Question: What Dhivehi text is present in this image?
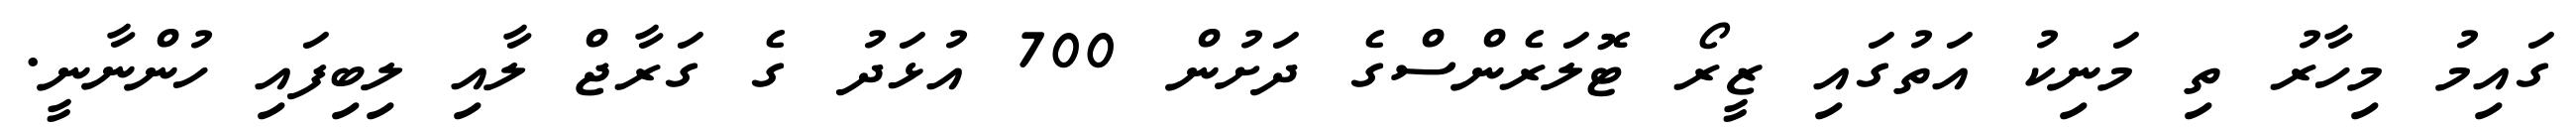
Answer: ގައިމު މިހާރު ތި މަނިކު އަތުގައި ޒީރޯ ޓޮލަރެންސްގެ ދަށުން 700 އުޅަދު ގެ ގަރާޖް ލާއި ލިބިފައި ހުންނާނީ.